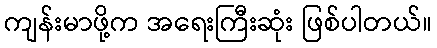
ကျန်းမာဖို့က အရေးကြီးဆုံး ဖြစ်ပါတယ်။